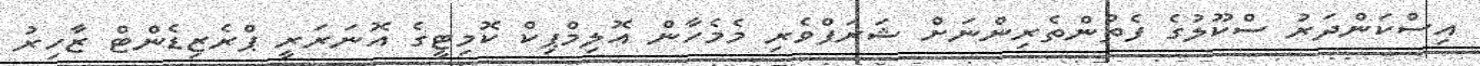
އިސްކަންދަރު ސްކޫލުގެ ފެތުންތެރިންނަށް ޝަރަފްވެރި މެމެހާން އޮލިމްޕިކް ކޮމިޓީގެ އޮނަރަރީ ޕްރެޒިޑެންޓް ޒާހިރު